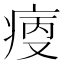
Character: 𤶯